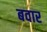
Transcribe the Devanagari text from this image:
बवार